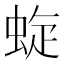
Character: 蜁